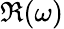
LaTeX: \Re(\omega)